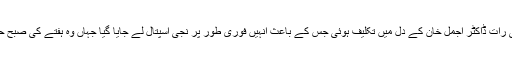
ترجمان جامعہ کراچی کے مطابق جمعے کی رات ڈاکٹر اجمل خان کے دل میں تکلیف ہوئی جس کے باعث انہیں فوری طور پر نجی اسپتال لے جایا گیا جہاں وہ ہفتے کی صبح حرکت قلب بند ہونے سے انتقال کرگئے تھے۔